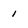
Character: i